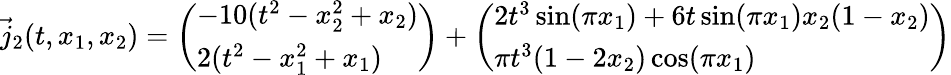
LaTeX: \vec{j}_{2}(t,x_{1},x_{2})=\left(\begin{array}{l}{-10(t^{2}-x_{2}^{2}+x_{2})}\\ {2(t^{2}-x_{1}^{2}+x_{1})}\end{array}\right)+\left(\begin{array}{l}{2t^{3}\sin(\pi x_{1})+6t\sin(\pi x_{1})x_{2}(1-x_{2})}\\ {\pi t^{3}(1-2x_{2})\cos(\pi x_{1})}\end{array}\right)